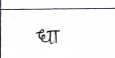
मजकूर: धा